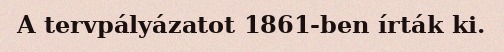
A tervpályázatot 1861-ben írták ki.